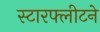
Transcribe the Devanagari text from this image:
स्टारफ्लीटने